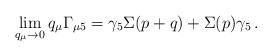
\begin{align*}\lim_{q_{\mu }\rightarrow 0}q_{\mu }\Gamma_{\mu 5}=\gamma _{5}\Sigma(p+q)+\Sigma (p)\gamma _{5}\, .\end{align*}